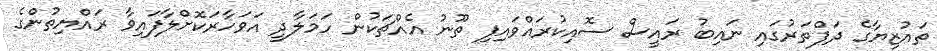
ތައުޒިޔާގެ ދަފްތަރުގައި ނައިބު ރައީސް ސޮއިކުރައްވައިފި ތޫނު އެއްޗަކުން ހަމަލާދީ އަވަހާރަކޮށްލާފައިވާ ރައްޔިތުންގެ